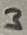
Text: 3